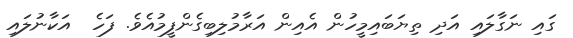
ގައި ނަގާލައި އަދި ތިޔަބައިމީހުން އެއިން އަރާމުލިބިގެންފީމުއެވެ. ފަހެ  އަކާނުލައި